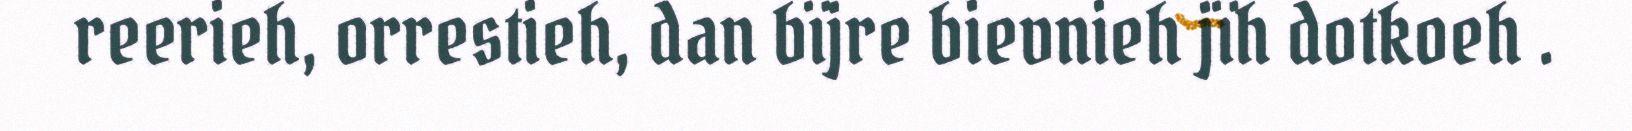
reerieh, orrestieh, dan bïjre bievnieh jïh dotkoeh .